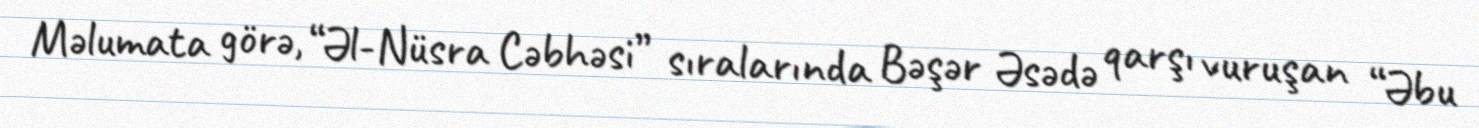
Məlumata görə, “Əl-Nüsra Cəbhəsi” sıralarında Bəşər Əsədə qarşı vuruşan “Əbu